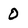
Character: 0